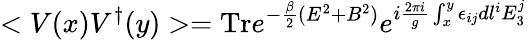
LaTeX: <V(x)V^{\dagger}(y)>=\mathrm{Tr}e^{-{\frac{\beta}{2}}(E^{2}+B^{2})}e^{i{\frac{2\pi i}{g}}\int_{x}^{y}\epsilon_{ij}dl^{i}E_{3}^{j}}